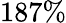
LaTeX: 187\%